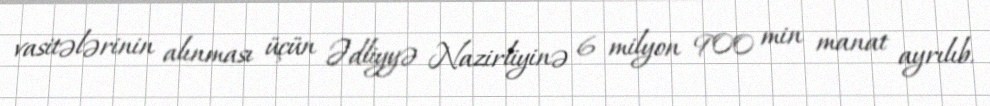
vasitələrinin alınması üçün Ədliyyə Nazirliyinə 6 milyon 900 min manat ayrılıb.